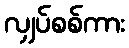
လျှပ်စစ်ကား